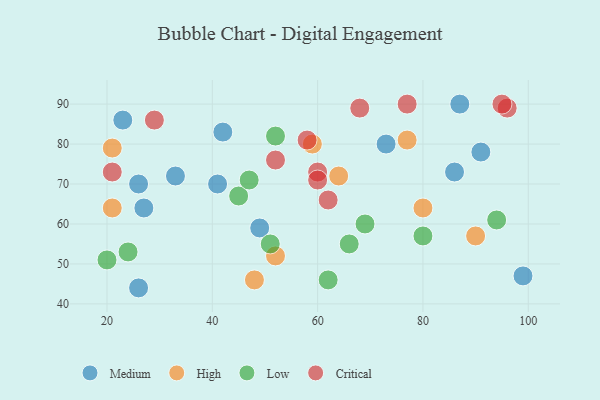
{"axis": {"x": "GDP", "y": "Life Expectancy"}, "legend": ["Critical", "High", "Low", "Medium"], "data": [{"x": "26", "y": 44, "type": "Medium"}, {"x": "73", "y": 80, "type": "Medium"}, {"x": "87", "y": 90, "type": "Medium"}, {"x": "91", "y": 78, "type": "Medium"}, {"x": "49", "y": 59, "type": "Medium"}, {"x": "23", "y": 86, "type": "Medium"}, {"x": "42", "y": 83, "type": "Medium"}, {"x": "26", "y": 70, "type": "Medium"}, {"x": "33", "y": 72, "type": "Medium"}, {"x": "41", "y": 70, "type": "Medium"}, {"x": "27", "y": 64, "type": "Medium"}, {"x": "99", "y": 47, "type": "Medium"}, {"x": "86", "y": 73, "type": "Medium"}, {"x": "21", "y": 79, "type": "High"}, {"x": "48", "y": 46, "type": "High"}, {"x": "77", "y": 81, "type": "High"}, {"x": "52", "y": 52, "type": "High"}, {"x": "80", "y": 64, "type": "High"}, {"x": "21", "y": 64, "type": "High"}, {"x": "90", "y": 57, "type": "High"}, {"x": "59", "y": 80, "type": "High"}, {"x": "64", "y": 72, "type": "High"}, {"x": "66", "y": 55, "type": "Low"}, {"x": "52", "y": 82, "type": "Low"}, {"x": "62", "y": 46, "type": "Low"}, {"x": "45", "y": 67, "type": "Low"}, {"x": "94", "y": 61, "type": "Low"}, {"x": "20", "y": 51, "type": "Low"}, {"x": "69", "y": 60, "type": "Low"}, {"x": "47", "y": 71, "type": "Low"}, {"x": "24", "y": 53, "type": "Low"}, {"x": "51", "y": 55, "type": "Low"}, {"x": "80", "y": 57, "type": "Low"}, {"x": "96", "y": 89, "type": "Critical"}, {"x": "58", "y": 81, "type": "Critical"}, {"x": "52", "y": 76, "type": "Critical"}, {"x": "21", "y": 73, "type": "Critical"}, {"x": "60", "y": 73, "type": "Critical"}, {"x": "62", "y": 66, "type": "Critical"}, {"x": "95", "y": 90, "type": "Critical"}, {"x": "68", "y": 89, "type": "Critical"}, {"x": "60", "y": 71, "type": "Critical"}, {"x": "77", "y": 90, "type": "Critical"}, {"x": "29", "y": 86, "type": "Critical"}]}